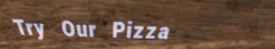
Try Our Pizza